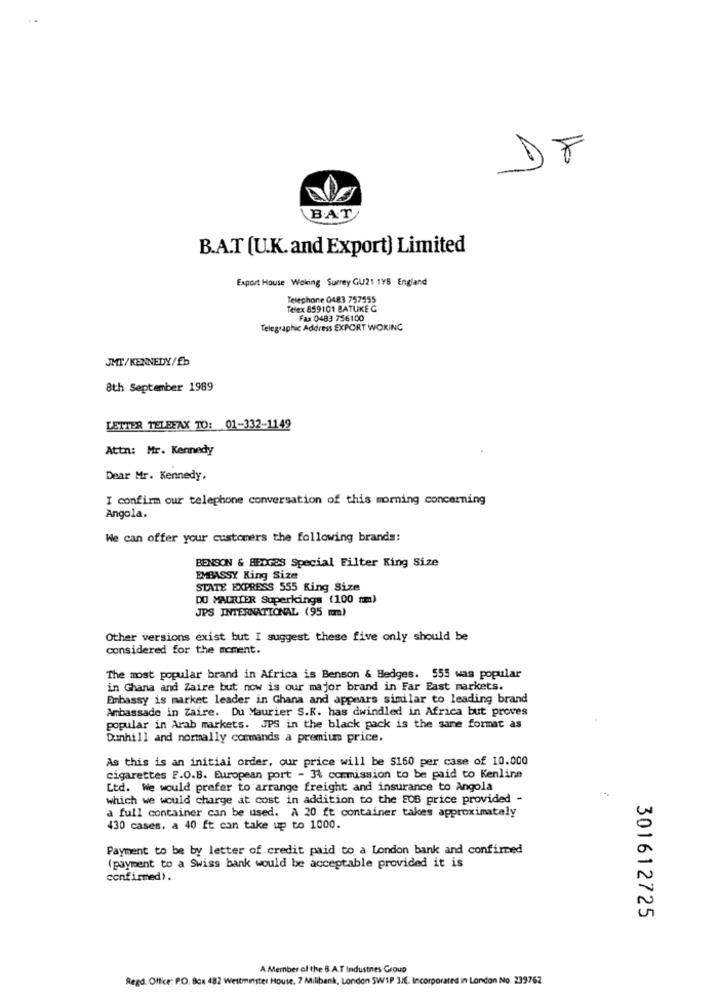
DF
BAT
B.A.T (U.K. and Export) Limited
Export House Woking Surrey GU21 195 England
Telephone 0483 757555
Telex 859101 BATUKE C
Fax 0483 756100
Telegraphic Address EXPORT WOKING
JMT/KENNEDY/fb
8th September 1989
LETTER TELEFAX TO: 01-332-1149
Attn: Mr. Kennedy
Dear Mr. Kennedy,
I confirm our telephone conversation of this morning concerning
Angola.
We can offer your customers the following brands:
BENSON & #POGES Special Filter King Size
EMBASSY King Size
STATE EXPRESS 555 King Size
DO MAURIER Superkings (100 mm)
JPS INTERNATIONAL (95 mm)
Other versions exist but I suggest these five only should be
considered for the moment.
The most popular brand in Africa is Benson & Hedges. 555 was popular
in Ghana and Zaire but now is our major brand in Far East markets.
Embassy is market leader in Ghana and appears similar to leading brand
Ambassade in Zaire. Du Maurier S.K. has dwindled in Africa but proves
popular in Arab markets. JPS in the black pack is the same format as
Dunhill and normally commands a premium price.
As this is an initial order, our price will be $160 per case of 10.000
cigarettes F.O.B. European port - 3% commission to be paid to Kenline
Ltd. We would prefer to arrange freight and insurance to Angola
which we would charge at cost in addition to the EOS price provided -
a full container can be used. A 20 ft container takes approximately
430 cases, a 40 ft can take up to 1000.
Payment to be by letter of credit paid to a London bank and confirmed
(payment to a Swiss bank would be acceptable provided it is
confirmed).
301612725
A Member of the 8.A.T Industnes Group
Regd. Office: PO. Box 482 Westminster House, 7 Milibank, London SWIP 3/E. Incorporated in London No. 239762